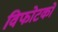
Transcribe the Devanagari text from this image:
विफोटकों